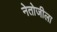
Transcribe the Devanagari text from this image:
नेतोजीला